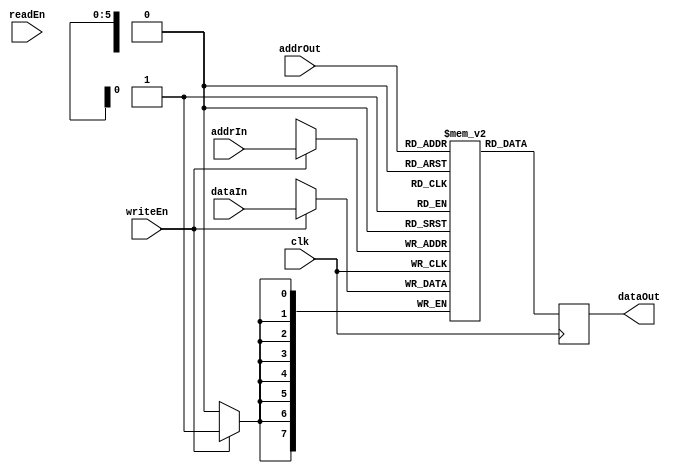
//////////////////////////////////////////////////////////////////////
////                                                              ////
//// simFifoMem.v                                                 ////
////                                                              ////
//// This file is part of the usbhostslave opencores effort.
//// <http://www.opencores.org/cores//>                           ////
////                                                              ////
//// Module Description:                                          ////
//// 
////                                                              ////
//// To Do:                                                       ////
//// 
////                                                              ////
//// Author(s):                                                   ////
//// - Steve Fielding, sfielding@base2designs.com                 ////
////                                                              ////
//////////////////////////////////////////////////////////////////////
////                                                              ////
//// Copyright (C) 2004 Steve Fielding and OPENCORES.ORG          ////
////                                                              ////
//// This source file may be used and distributed without         ////
//// restriction provided that this copyright statement is not    ////
//// removed from the file and that any derivative work contains  ////
//// the original copyright notice and the associated disclaimer. ////
////                                                              ////
//// This source file is free software; you can redistribute it   ////
//// and/or modify it under the terms of the GNU Lesser General   ////
//// Public License as published by the Free Software Foundation; ////
//// either version 2.1 of the License, or (at your option) any   ////
//// later version.                                               ////
////                                                              ////
//// This source is distributed in the hope that it will be       ////
//// useful, but WITHOUT ANY WARRANTY; without even the implied   ////
//// warranty of MERCHANTABILITY or FITNESS FOR A PARTICULAR      ////
//// PURPOSE. See the GNU Lesser General Public License for more  ////
//// details.                                                     ////
////                                                              ////
//// You should have received a copy of the GNU Lesser General    ////
//// Public License along with this source; if not, download it   ////
//// from <http://www.opencores.org/lgpl.shtml>                   ////
////                                                              ////
//////////////////////////////////////////////////////////////////////
//
`timescale 1ns / 1ps

module simFifoMem(  addrIn, addrOut, clk, dataIn, writeEn, readEn, dataOut);
  //FIFO_DEPTH = ADDR_WIDTH^2
  parameter FIFO_WIDTH = 8;
  parameter FIFO_DEPTH = 64; 
  parameter ADDR_WIDTH = 6;   
  
input clk;
input [FIFO_WIDTH-1:0] dataIn;
output [FIFO_WIDTH-1:0] dataOut;
input writeEn;
input readEn;
input [ADDR_WIDTH-1:0] addrIn;
input [ADDR_WIDTH-1:0] addrOut;

wire clk;
wire [FIFO_WIDTH-1:0] dataIn;
reg [FIFO_WIDTH-1:0] dataOut;
wire writeEn;
wire readEn;
wire [ADDR_WIDTH-1:0] addrIn;
wire [ADDR_WIDTH-1:0] addrOut;

reg [FIFO_WIDTH-1:0] buffer [0:FIFO_DEPTH-1];

// synchronous read. Introduces one clock cycle delay
always @(posedge clk) begin
  dataOut <= buffer[addrOut];
end

// synchronous write
always @(posedge clk) begin
  if (writeEn == 1'b1)
    buffer[addrIn] <= dataIn;
end                  


endmodule